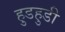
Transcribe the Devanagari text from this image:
हुडहुडी